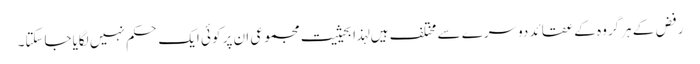
رفض کے ہرگروہ کے عقائد دوسرے سے مختلف ہیں لہذا بحیثیت مجموعی ان پر کوئی ایک حکم نہیں لگایاجاسکتا۔